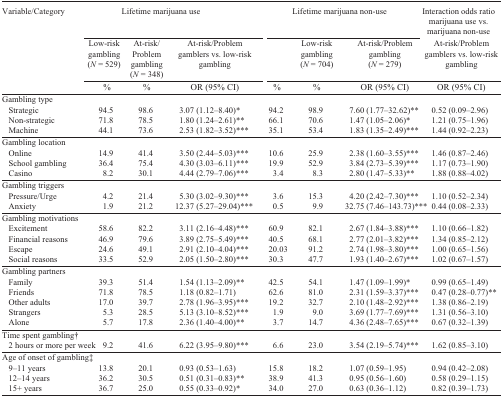
<table><thead><tr><td><b>Variable/Category</b></td><td colspan="3"><b>Lifetime marijuana use</b></td><td colspan="3"><b>Lifetime marijuana non-use</b></td><td><b>Interaction odds ratio marijuana use vs. marijuana non-use</b></td></tr><tr><td></td><td><b>Low-risk gambling(<i>N</i> = 529)</b></td><td><b>At-risk/ Problem gambling(<i>N</i> = 348)</b></td><td><b>At-risk/Problem gamblers vs. low-risk gambling</b></td><td></td><td><b>Low-risk gambling(<i>N</i> = 704)</b></td><td><b>At-risk/Problem gambling(<i>N</i> = 279)</b></td><td><b>At-risk/Problem gamblers vs. low-risk gambling</b></td></tr><tr><td></td><td><b>%</b></td><td><b>%</b></td><td><b>OR (95% CI)</b></td><td><b>%</b></td><td><b>%</b></td><td><b>OR (95% CI)</b></td><td><b>OR (95% CI)</b></td></tr></thead><tbody><tr><td>Gambling type</td><td></td><td></td><td></td><td></td><td></td><td></td><td></td></tr><tr><td> Strategic</td><td>94.5</td><td>98.6</td><td>3.07 (1.12-8.40)*</td><td>94.2</td><td>98.9</td><td>7.60 (1.77-32.62)**</td><td>0.52 (0.09-2.96)</td></tr><tr><td> Non-strategic</td><td>71.8</td><td>78.5</td><td>1.80 (1.24-2.61)**</td><td>66.1</td><td>70.6</td><td>1.47 (1.05-2.06)*</td><td>1.21 (0.75-1.96)</td></tr><tr><td> Machine</td><td>44.1</td><td>73.6</td><td>2.53 (1.82-3.52)***</td><td>35.1</td><td>53.4</td><td>1.83 (1.35-2.49)***</td><td>1.44 (0.92-2.23)</td></tr><tr><td>Gambling location</td><td></td><td></td><td></td><td></td><td></td><td></td><td></td></tr><tr><td> Online</td><td>14.9</td><td>41.4</td><td>3.50 (2.44-5.03)***</td><td>10.6</td><td>25.9</td><td>2.38 (1.60-3.55)***</td><td>1.46 (0.87-2.46)</td></tr><tr><td> School gambling</td><td>36.4</td><td>75.4</td><td>4.30 (3.03-6.11)***</td><td>19.9</td><td>52.9</td><td>3.84 (2.73-5.39)***</td><td>1.17 (0.73-1.90)</td></tr><tr><td> Casino</td><td>8.2</td><td>30.1</td><td>4.44 (2.79-7.06)***</td><td>3.4</td><td>8.3</td><td>2.80 (1.47-5.33)**</td><td>1.88 (0.88-4.02)</td></tr><tr><td>Gambling triggers</td><td></td><td></td><td></td><td></td><td></td><td></td><td></td></tr><tr><td> Pressure/Urge</td><td>4.2</td><td>21.4</td><td>5.30 (3.02-9.30)***</td><td>3.6</td><td>15.3</td><td>4.20 (2.42-7.30)***</td><td>1.10 (0.52-2.34)</td></tr><tr><td> Anxiety</td><td>1.9</td><td>21.2</td><td>12.37 (5.27-29.04)***</td><td>0.5</td><td>9.9</td><td>32.75 (7.46-143.73)*** 0.44(0.08-2.33)</td><td></td></tr><tr><td>Gambling motivations</td><td></td><td></td><td></td><td></td><td></td><td></td><td></td></tr><tr><td> Excitement</td><td>58.6</td><td>82.2</td><td>3.11 (2.16–4.48)***</td><td>60.9</td><td>82.1</td><td>2.67 (1.84-3.88)***</td><td>1.10 (0.66-1.82)</td></tr><tr><td> Financial reasons</td><td>46.9</td><td>79.6</td><td>3.89 (2.75-5.49)***</td><td>40.5</td><td>68.1</td><td>2.77 (2.01-3.82)***</td><td>1.34 (0.85-2.12)</td></tr><tr><td> Escape</td><td>24.6</td><td>49.1</td><td>2.91 (2.10–4.04)***</td><td>20.03</td><td>91.2</td><td>2.74 (1.98-3.80)***</td><td>1.00 (0.65-1.56)</td></tr><tr><td> Social reasons</td><td>33.5</td><td>52.9</td><td>2.05 (1.50-2.80)***</td><td>30.3</td><td>47.7</td><td>1.93 (1.40-2.67)***</td><td>1.02 (0.67-1.57)</td></tr><tr><td>Gambling partners</td><td></td><td></td><td></td><td></td><td></td><td></td><td></td></tr><tr><td> Family</td><td>39.3</td><td>51.4</td><td>1.54 (1.13-2.09)**</td><td>42.5</td><td>54.1</td><td>1.47 (1.09-1.99)*</td><td>0.99 (0.65-1.49)</td></tr><tr><td> Friends</td><td>71.8</td><td>78.5</td><td>1.18 (0.82-1.71)</td><td>62.6</td><td>81.0</td><td>2.31 (1.59-3.37)***</td><td>0.47 (0.28-0.77)**</td></tr><tr><td> Other adults</td><td>17.0</td><td>39.7</td><td>2.78 (1.96-3.95)***</td><td>19.2</td><td>32.7</td><td>2.10 (1.48-2.92)***</td><td>1.38 (0.86-2.19)</td></tr><tr><td> Strangers</td><td>5.3</td><td>28.5</td><td>5.13 (3.10-8.52)***</td><td>1.9</td><td>9.0</td><td>3.69 (1.77-7.69)***</td><td>1.31 (0.56-3.10)</td></tr><tr><td> Alone</td><td>5.7</td><td>17.8</td><td>2.36 (1.40–4.00)**</td><td>3.7</td><td>14.7</td><td>4.36 (2.48-7.65)***</td><td>0.67 (0.32-1.39)</td></tr><tr><td>Time spent gambling†</td><td></td><td></td><td></td><td></td><td></td><td></td><td></td></tr><tr><td> 2 hours or more per week</td><td>9.2</td><td>41.6</td><td>6.22 (3.95-9.80)***</td><td>6.6</td><td>23.0</td><td>3.54 (2.19-5.74)***</td><td>1.62 (0.85-3.10)</td></tr><tr><td>Age of onset of gambling‡</td><td></td><td></td><td></td><td></td><td></td><td></td><td></td></tr><tr><td> 9–11 years</td><td>13.8</td><td>20.1</td><td>0.93 (0.53-1.63)</td><td>15.8</td><td>18.2</td><td>1.07 (0.59-1.95)</td><td>0.94 (0.42-2.08)</td></tr><tr><td> 12–14 years</td><td>36.2</td><td>30.5</td><td>0.51 (0.31-0.83)**</td><td>38.9</td><td>41.3</td><td>0.95 (0.56-1.60)</td><td>0.58 (0.29-1.15)</td></tr><tr><td> 15+ years</td><td>36.7</td><td>25.0</td><td>0.55 (0.33-0.92)*</td><td>34.0</td><td>27.0</td><td>0.63 (0.36-1.12)</td><td>0.82 (0.39-1.73)</td></tr></tbody></table>